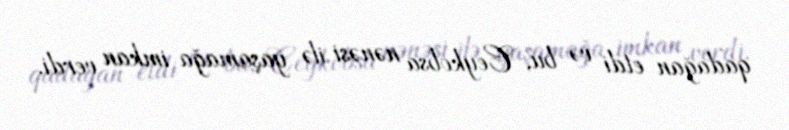
qadağan etdi və bu, Ceykobsa nənəsi ilə yaşamağa imkan verdi.